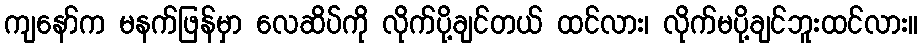
ကျနော်က မနက်ဖြန်မှာ လေဆိပ်ကို လိုက်ပို့ချင်တယ် ထင်လား၊ လိုက်မပို့ချင်ဘူးထင်လား။